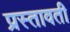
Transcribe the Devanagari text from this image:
प्रस्तावती